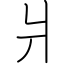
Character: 爿